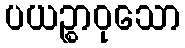
ပယဉ္စာဝုသော